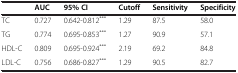
|  | AUC | 95% CI | Cutoff | Sensitivity | Specificity |
 | --- | --- | --- | --- | --- | --- |
 | TC | 0.727 | 0.642-0.812*** | 1.29 | 87.5 | 58.0 |
 | TG | 0.774 | 0.695-0.853*** | 1.27 | 90.9 | 57.1 |
 | HDL-C | 0.809 | 0.695-0.924*** | 2.19 | 69.2 | 84.8 |
 | LDL-C | 0.756 | 0.686-0.827*** | 1.29 | 90.5 | 82.7 |